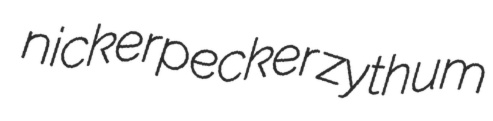
nickerpecker zythum